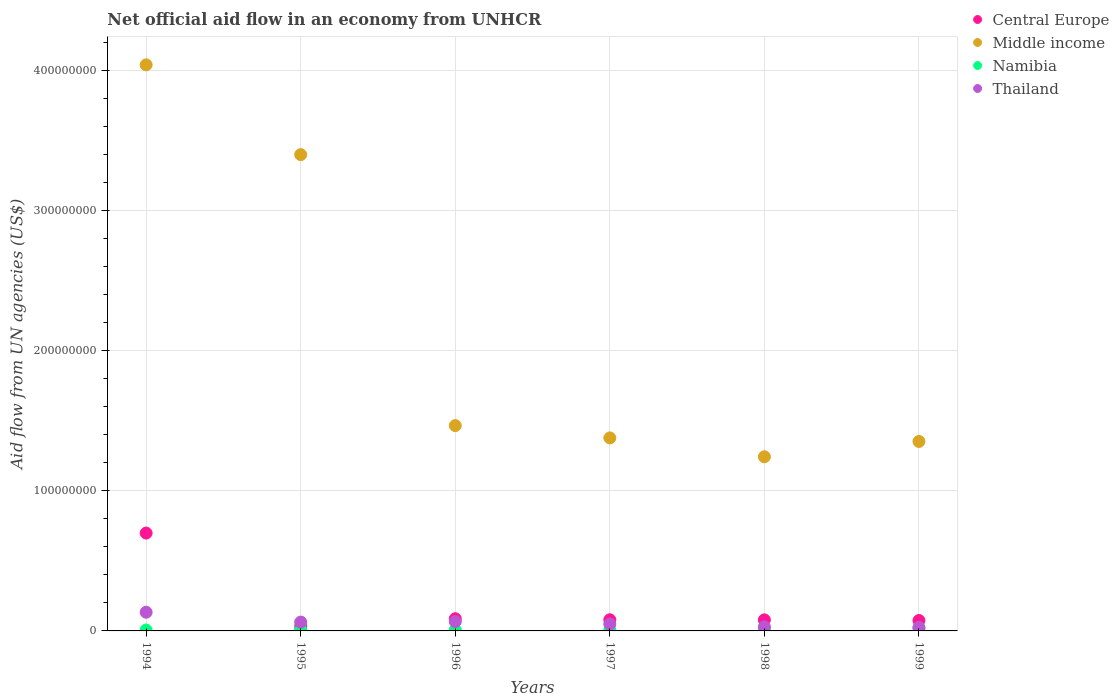
| Years | Central Europe | Middle income | Namibia | Thailand |
 | --- | --- | --- | --- | --- |
 | 1994 | 6.98e+07 | 4.04e+08 | 6.4e+05 | 1.33e+07 |
 | 1995 | 3.03e+06 | 3.4e+08 | 6.7e+05 | 6.29e+06 |
 | 1996 | 8.7e+06 | 1.47e+08 | 7.5e+05 | 6.65e+06 |
 | 1997 | 7.97e+06 | 1.38e+08 | 8.3e+05 | 4.92e+06 |
 | 1998 | 7.9e+06 | 1.24e+08 | 9.5e+05 | 2.92e+06 |
 | 1999 | 7.45e+06 | 1.35e+08 | 2.18e+06 | 2.33e+06 |